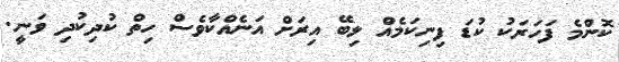
ކޮންމެ ފަހަރަކު ކުޑަ ފިނިކަމެއް ލިބޭ އިރަށް އަނެއްކާވެސް ހިތް ކުދިކުދި ވަނީ.